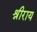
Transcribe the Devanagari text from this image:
श्रीराय